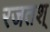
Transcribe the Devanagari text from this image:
रजतश्